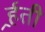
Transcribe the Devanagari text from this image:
र्र्हती